Civil Veterinary Department Bihar & Orissa reports 1922-29 - 1922-1929
Year: 1922
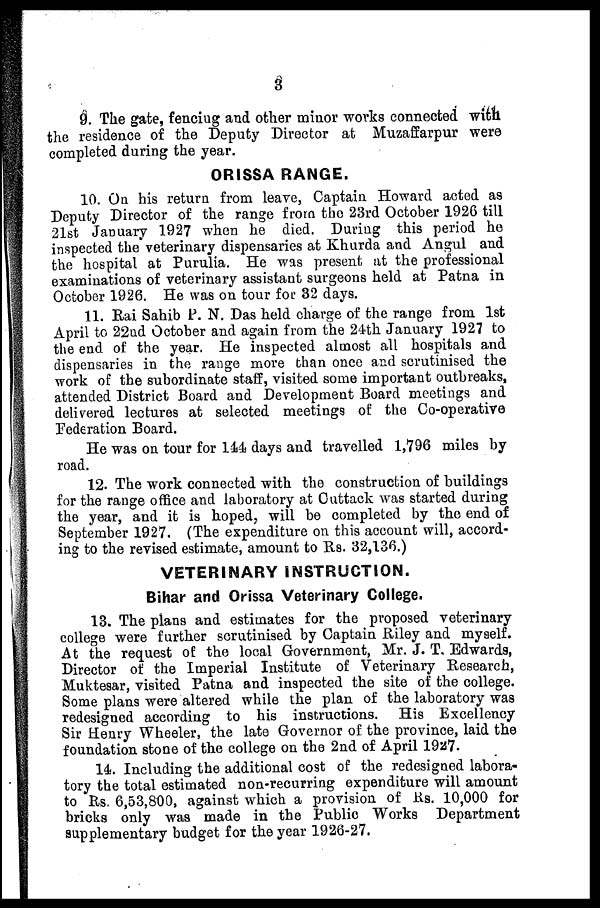
3
9. The gate, fenciug and other minor works connected with
the residence of the Deputy Director at Muzaffarpur were
completed during the year.
ORISSA RANGE.
10. On his return from leave, Captain Howard acted as
Deputy Director of the range from the 23rd October 1926 till
21st January 1927 when he died. During this period he
inspected the veterinary dispensaries at Khurda and Angul and
the hospital at Purulia. He was present at the professional
examinations of veterinary assistant surgeons held at Patna in
October 1926. He was on tour for 32 days.
11. Rai Sahib P. N. Das held charge of the range from 1st
April to 22nd October and again from the 24th January 1927 to
the end of the year. He inspected almost all hospitals and
dispensaries in the range more than once and scrutinised the
work of the subordinate staff, visited some important outbreaks,
attended District Board and Development Board meetings and
delivered lectures at selected meetings of the Co-operative
Federation Board,
He was on tour for 144 days and travelled 1,796 miles by
road.
12. The work connected with the construction of buildings
for the range office and laboratory at Cuttack was started during
the year, and it is hoped, will be completed by the end of
September 1927. (The expenditure on this account will, accord-
ing to the revised estimate, amount to Rs. 32,136.)
VETERINARY INSTRUCTION.
Bihar and Orissa Veterinary College.
13. The plans and estimates for the proposed veterinary
college were further scrutinised by Captain Riley and myself.
At the request of the local Government, Mr. J. T. Edwards,
Director of the Imperial Institute of Veterinary Research,
Muktesar, visited Patna and inspected the site of the college.
Some plans were altered while the plan of the laboratory was
redesigned according to his instructions. His Excellency
Sir Henry Wheeler, the late Governor of the province, laid the
foundation stone of the college on the 2nd of April 1927.
14. Including the additional cost of the redesigned labora-
tory the total estimated non-recurring expenditure will amount
to Rs. 6,53,800, against which a provision of Rs. 10,000 for
bricks only was made in the Public Works Department
supplementary budget for the year 1926-27.